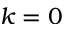
k = 0